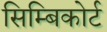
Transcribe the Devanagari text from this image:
सिम्बिकोर्ट